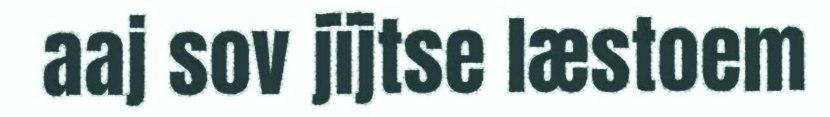
aaj sov jïjtse læstoem